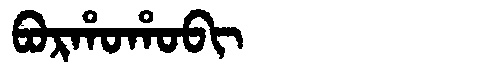
Manchu: ᠪᠣᡵᡥᠣᡥᠣᠪᡳ
Romanization: BORHOHOBI